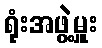
ရုံးအဖွဲ့မှူး